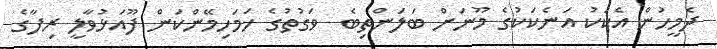
ދެމީހުން އެކަކު އަނެކަކުގެ މޫނަށް ބަލަންތިބެ  ވަގުތުގެ ހަމަހިމޭންކަން ފޫއަޅުވާލީ ރިފާގެ